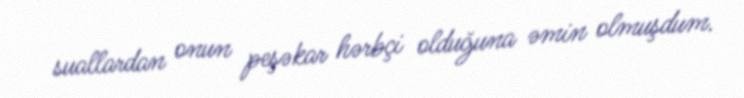
suallardan onun peşəkar hərbçi olduğuna əmin olmuşdum.